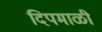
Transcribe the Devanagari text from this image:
दिपमाळी